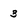
Character: 3